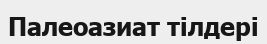
Палеоазиат тілдері